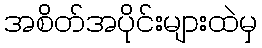
အစိတ်အပိုင်းများထဲမှ